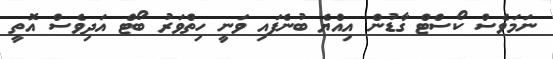
ނަމަވެސް ކޯސްޓް ގާޑުން އިއްޔެ ބުނެފައި ވަނީ ހިތްވަރު ބޯޓް އަދިވެސް އޮތީ